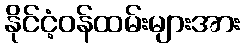
နိုင်ငံ့ဝန်ထမ်းများအား